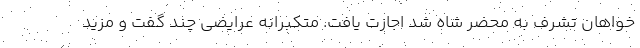
خواهان تشرف به محضر شاه شد اجازت یافت. متکبرانه عرایضی چند گفت و مزید